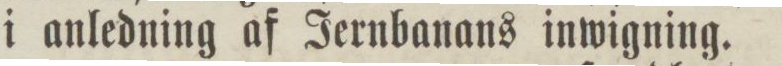
i anledning af Jernbanans inwigning.